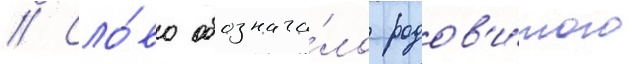
// Сло́во обознача́ло родов'и́того